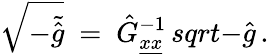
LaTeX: \sqrt{-\tilde{\hat{g}}}\ =\ \hat{G}_{\underline{{{x}}}\underline{{{x}}}}^{-1}\, sqrt{-\hat{g}}\, .